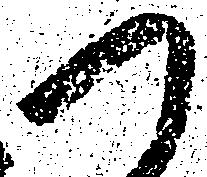
つ